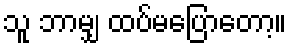
သူ ဘာမျှ ထပ်မပြောတော့။